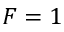
F = 1